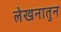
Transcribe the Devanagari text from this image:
लेखनातुन